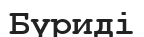
Бүриді